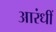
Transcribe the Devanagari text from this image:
आरंधीं